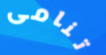
تنامى